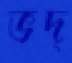
ভদ্